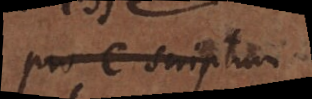
pro C scriptum